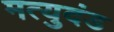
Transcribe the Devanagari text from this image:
मत्युदंड